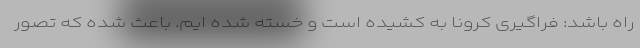
راه باشد: فراگیری کرونا به کشیده است و خسته شده ایم. باعث شده که تصور